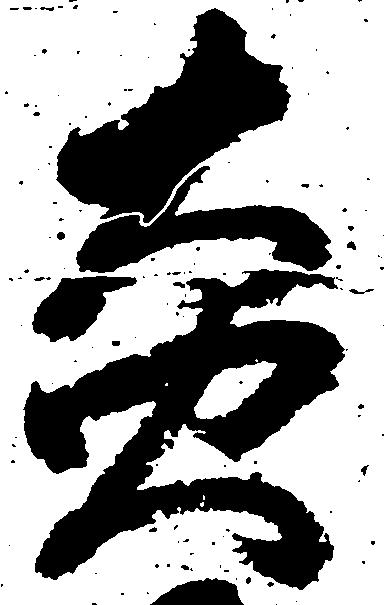
炎